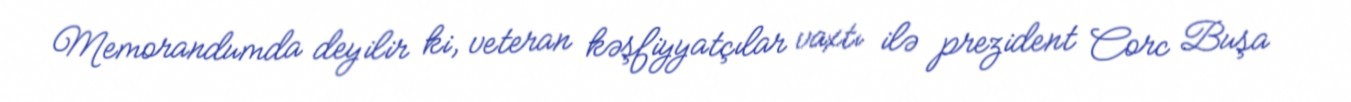
Memorandumda deyilir ki, veteran kəşfiyyatçılar vaxtı ilə prezident Corc Buşa